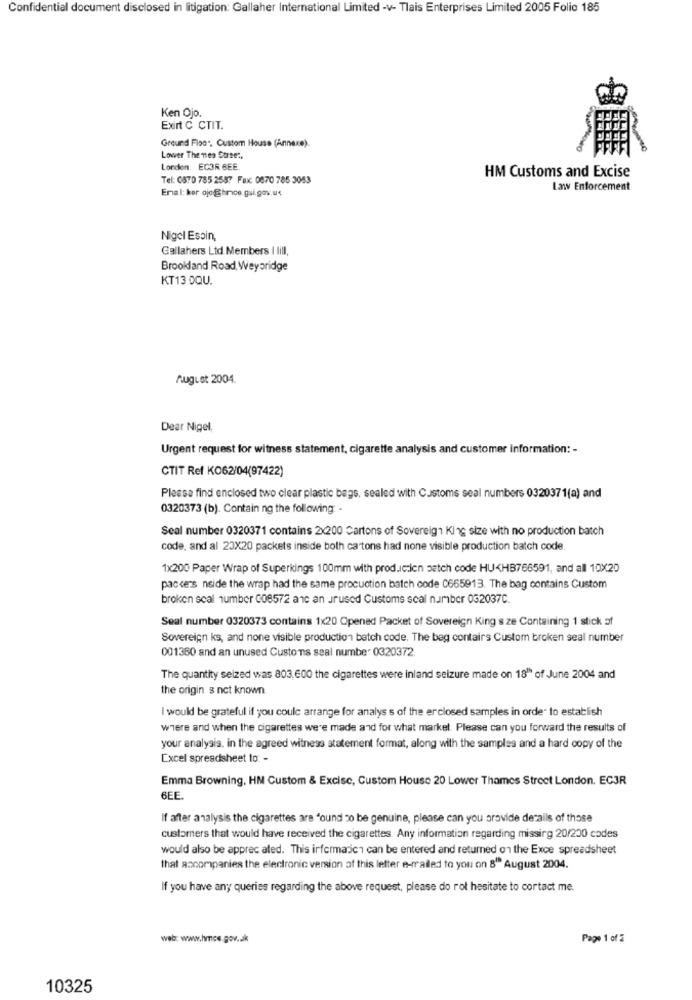
Confidential document disclosed in litigation: Gallaher International Limited -v- Tlais Enterprises Limited 2005 Folio 185
Ken Ojo.
Exirt C CTIT.
Ground Fiso", Custom House (Annexe).
Lower Themes Surse :,
London, EC3R BEE.
HM Customs and Excise
Tel: 0870 785 2587 Fax: 0670 785 3053
Emal: ker ojo@hrce.gui.gov.u<
Law Enforcement
Nigel Esoin,
Gallahers Ltd. Members I lill,
Brooldand Road, Weyoridge
KT13 0QU.
August 2004.
Dear Nigel,
Urgent request for witness statement, cigarette analysis and customer information: -
CTIT Ref KO62/04(97422)
Please find enclosed two clear plastic bags, sealed with Customs seal numbers 0320371(a) and
0320373 (b). Contain ng the following -
Seal number 0320371 contains 2x200 Cartons of Sovereign King size with no production batch
code, and al 23X20 packets inside both cartons had none visible production batch code.
1x200 Paper Wrap of Superkings 100mm with production patch code HU<HB766591, and all 10X20
paccens neide the wrap had the same procuction batch code C665913. The bag contains Custom
broken scal number (08572 anc an Jrused Customs scal number 032037C.
Seal number 0320373 contains 1x20 Opened Packet of Sovereign King s ze Containing 1 stick of
Sovereign ks, and none visible production batch code. The beg contairs Custom broken seal number
001360 and an unused Custo ms seal number 0320372
The quantity seized was 803,600 the cigarettes were inland seizure made on 18" of June 2004 and
the origin s not known
I would be grateful if you could arrange for analysis of the erclosed samples in order to establish
where and when the cigarettes were made and for what market. Please can you forward the results of
your analysis. in the agreed witness statement format, along with the samples and a hard copy of the
Excel spreadsheet to: -
Emma Browning, HM Custom & Excise, Custom House 20 Lower Thames Street London, EC3R
6EE.
If after analysis the cigarettes are "ound 20 be genuine, please can you provide details of those
customers that would have received the cigarettes. Any information regarding missing 20/200 codes
would also be apprec ated. This irfermasich can be entered and returned on the Exce spreadsheet
that accompanies the electronic version of this letter e-mailed to you on 8" August 2004.
If you have any queries regarding the above request, please do rol hesitate to cortact me.
web: www.hmce.gov.uk
Page 1 of 2
10325